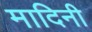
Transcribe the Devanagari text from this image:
मादिनी